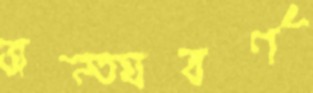
অন্ত্যবর্ণ